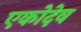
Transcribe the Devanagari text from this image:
एकोदेव